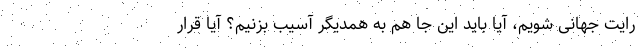
رایت جهانی شویم، آیا باید این جا هم به همدیگر آسیب بزنیم؟ آیا قرار